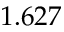
1 . 6 2 7